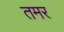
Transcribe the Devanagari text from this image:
तमर